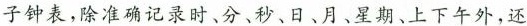
子钟表，除准确记录时、分、秒、日、月、星期、上下午外，还